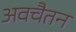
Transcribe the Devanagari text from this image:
अवचैतन